Problem: 13 + 33 = ?
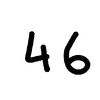
Handwritten answer: 46